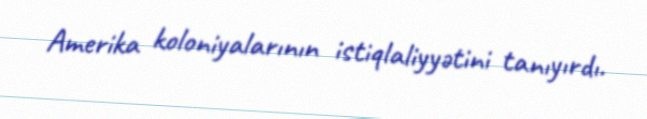
Amerika koloniyalarının istiqlaliyyətini tanıyırdı.